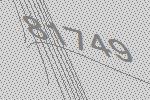
81749